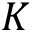
K